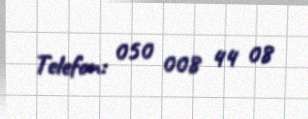
Telefon: 050 008 44 08